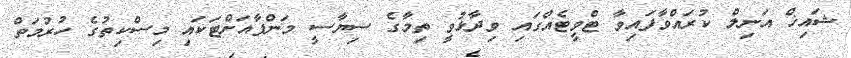
ޝައިޚް އަނިލް ކުރައްވާފައިވާ ޓްވީޓެއްގައި ވިދާޅުވީ ތިމާގެ ސިޔާސީ މަންފާއަށްޓަަކައި މިސްކިތުގެ ހުރުމަތް